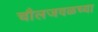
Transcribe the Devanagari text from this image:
चौलजवळच्या